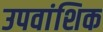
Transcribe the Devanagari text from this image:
उपवांशिक